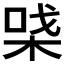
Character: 𰗪